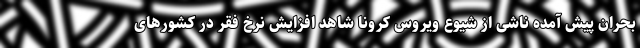
بحران پیش آمده ناشی از شیوع ویروس کرونا شاهد افزایش نرخ فقر در کشورهای